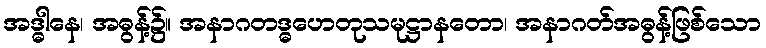
အဒ္ဓါနေ၊ အဓွန့်၌။ အနာဂတဒ္ဓဟေတုသမုဋ္ဌာနတော၊ အနာဂတ်အဓွန့်ဖြစ်သော